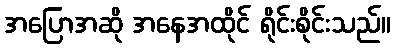
အပြောအဆို အနေအထိုင် ရိုင်းစိုင်းသည်။